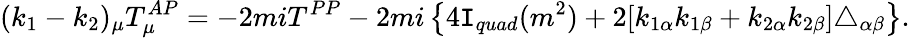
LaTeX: (k_{1}-k_{2})_{\mu}T_{\mu}^{AP}=-2miT^{PP}-2mi\left\{ 4\mathtt{I}_{quad}(m^{2})+2[k_{1\alpha}k_{1\beta}+k_{2\alpha}k_{2\beta}]\triangle_{\alpha\beta}\right\} .